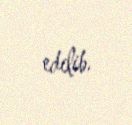
edilib.